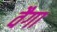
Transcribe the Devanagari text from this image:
वैगा